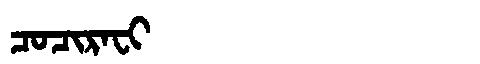
Manchu: ᠴᠣᠴᡳᡵᠠᠸᡳ
Romanization: COCIRAFI